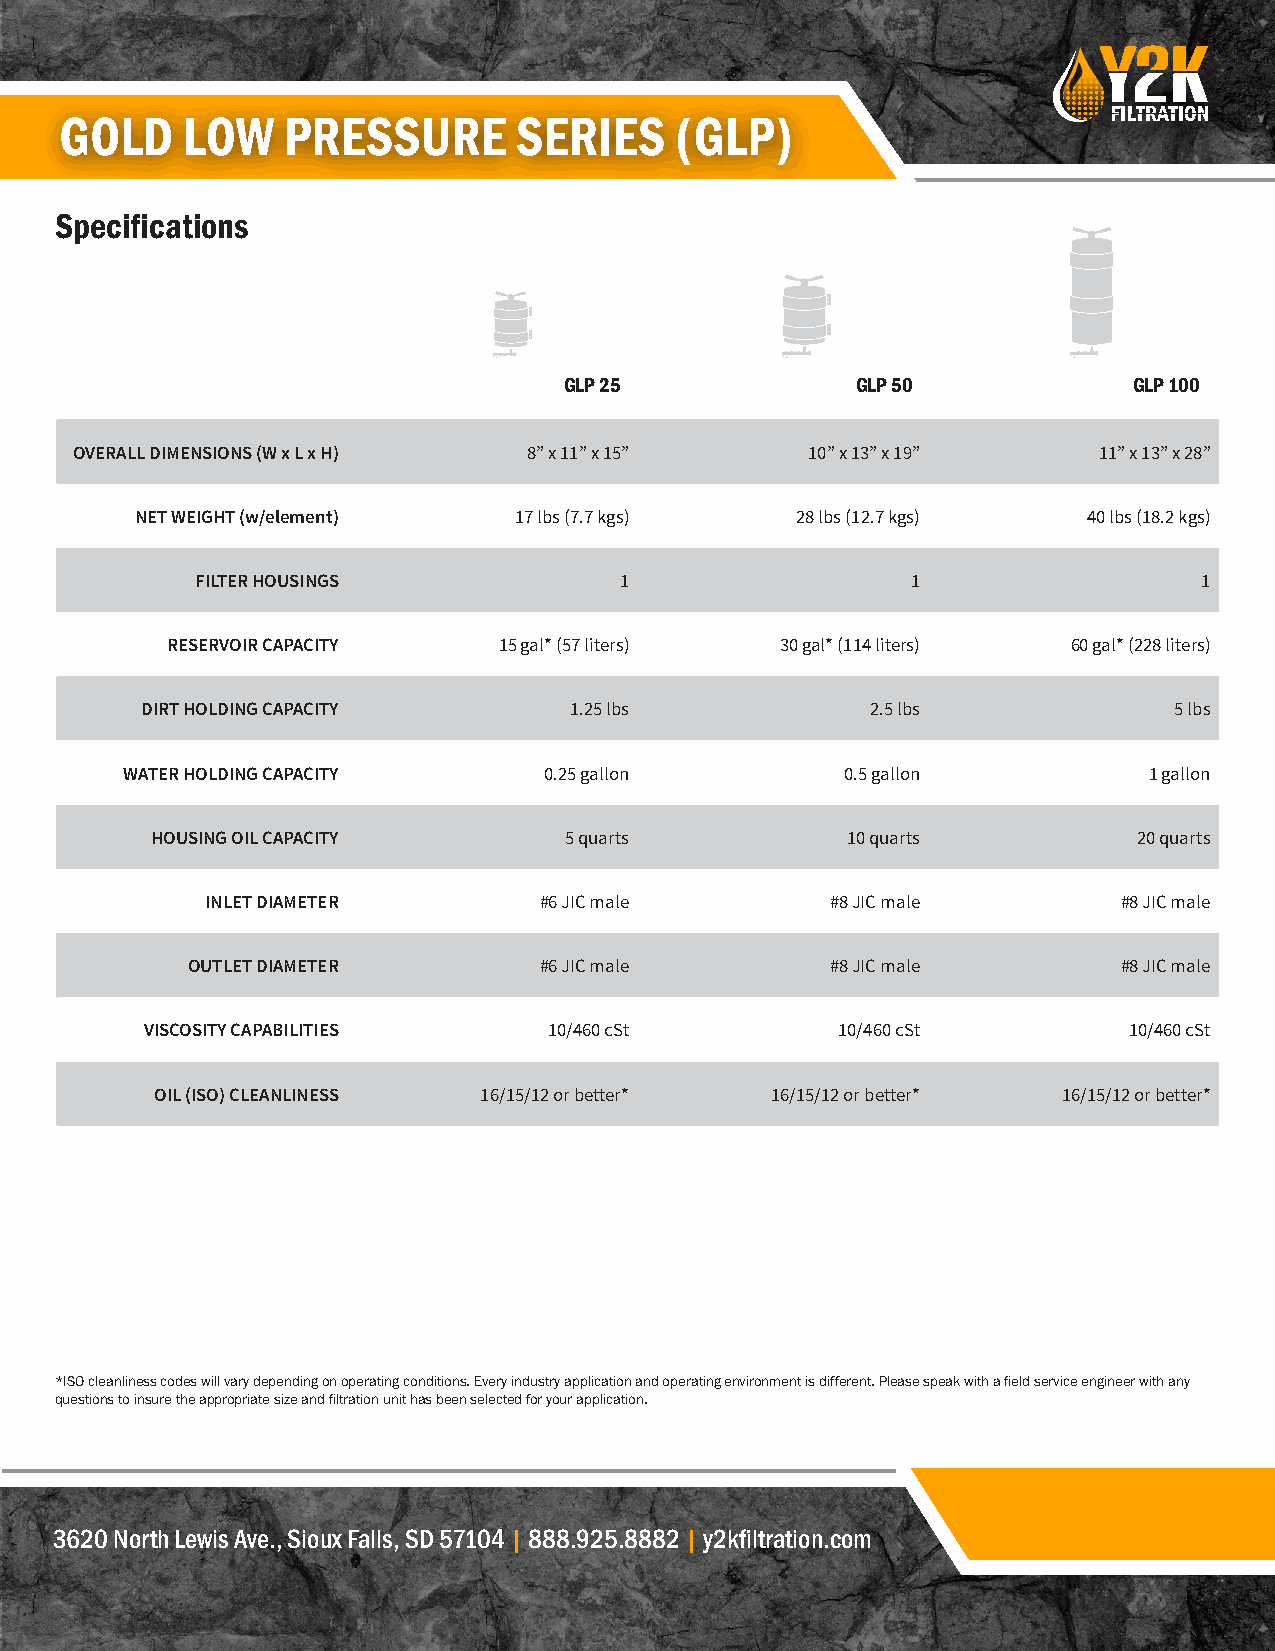
GOLD    LOW    PRESSURE       SERIES     (GLP)
 Specifications
 GLP 25              GLP 50            GLP 100
 OVERALL DIMENSIONS (W x L x H) 8” x 11” x 15”    10” x 13” x 19”    11” x 13” x 28”
 NET WEIGHT (w/element)   17 lbs (7.7 kgs)   28 lbs (12.7 kgs)  40 lbs (18.2 kgs)
 FILTER HOUSINGS             1                  1                   1
 RESERVOIR CAPACITY    15 gal* (57 liters) 30 gal* (114 liters) 60 gal* (228 liters)
 DIRT HOLDING CAPACITY        1.25 lbs            2.5 lbs             5 lbs
 WATER HOLDING CAPACITY      0.25 gallon         0.5 gallon          1 gallon
 HOUSING OIL CAPACITY       5 quarts           10 quarts          20 quarts
 INLET DIAMETER        #6 JIC male        #8 JIC male        #8 JIC male
 OUTLET DIAMETER         #6 JIC male        #8 JIC male        #8 JIC male
 VISCOSITY CAPABILITIES    10/460 cSt         10/460 cSt          10/460 cSt
 OIL (ISO) CLEANLINESS 16/15/12 or better* 16/15/12 or better* 16/15/12 or better*
 *ISO cleanliness codes will vary depending on operating conditions. Every industry application and operating environment is different. Please speak with a field service engineer with any
 questions to insure the appropriate size and filtration unit has been selected for your application.
 3620 North Lewis Ave., Sioux Falls, SD 57104 | 888.925.8882 | y2kfiltration.com